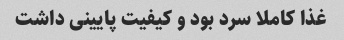
غذا کاملا سرد بود و کیفیت پایینی داشت